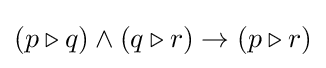
(p\triangleright q)\wedge (q\triangleright r)\rightarrow (p\triangleright r)